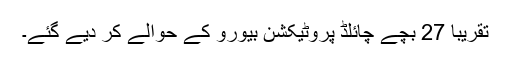
تقریباً 27 بچے چائلڈ پروٹیکشن بیورو کے حوالے کر دیے گئے۔